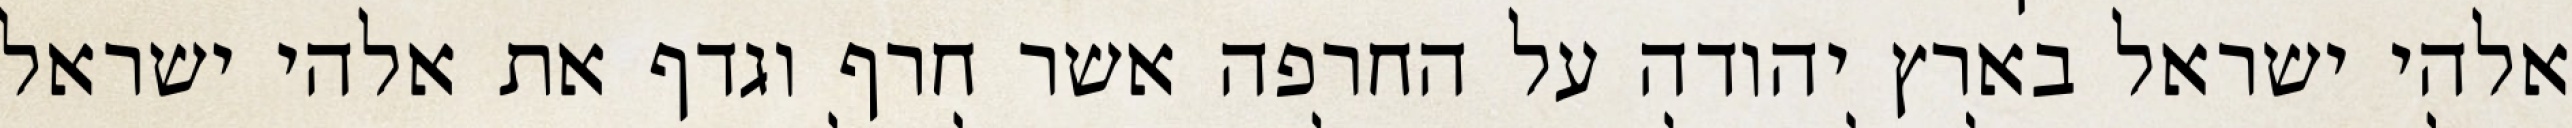
אלהי ישראל בארץ יהודה על החרפה אשר חרף וגדף את אלהי ישראל